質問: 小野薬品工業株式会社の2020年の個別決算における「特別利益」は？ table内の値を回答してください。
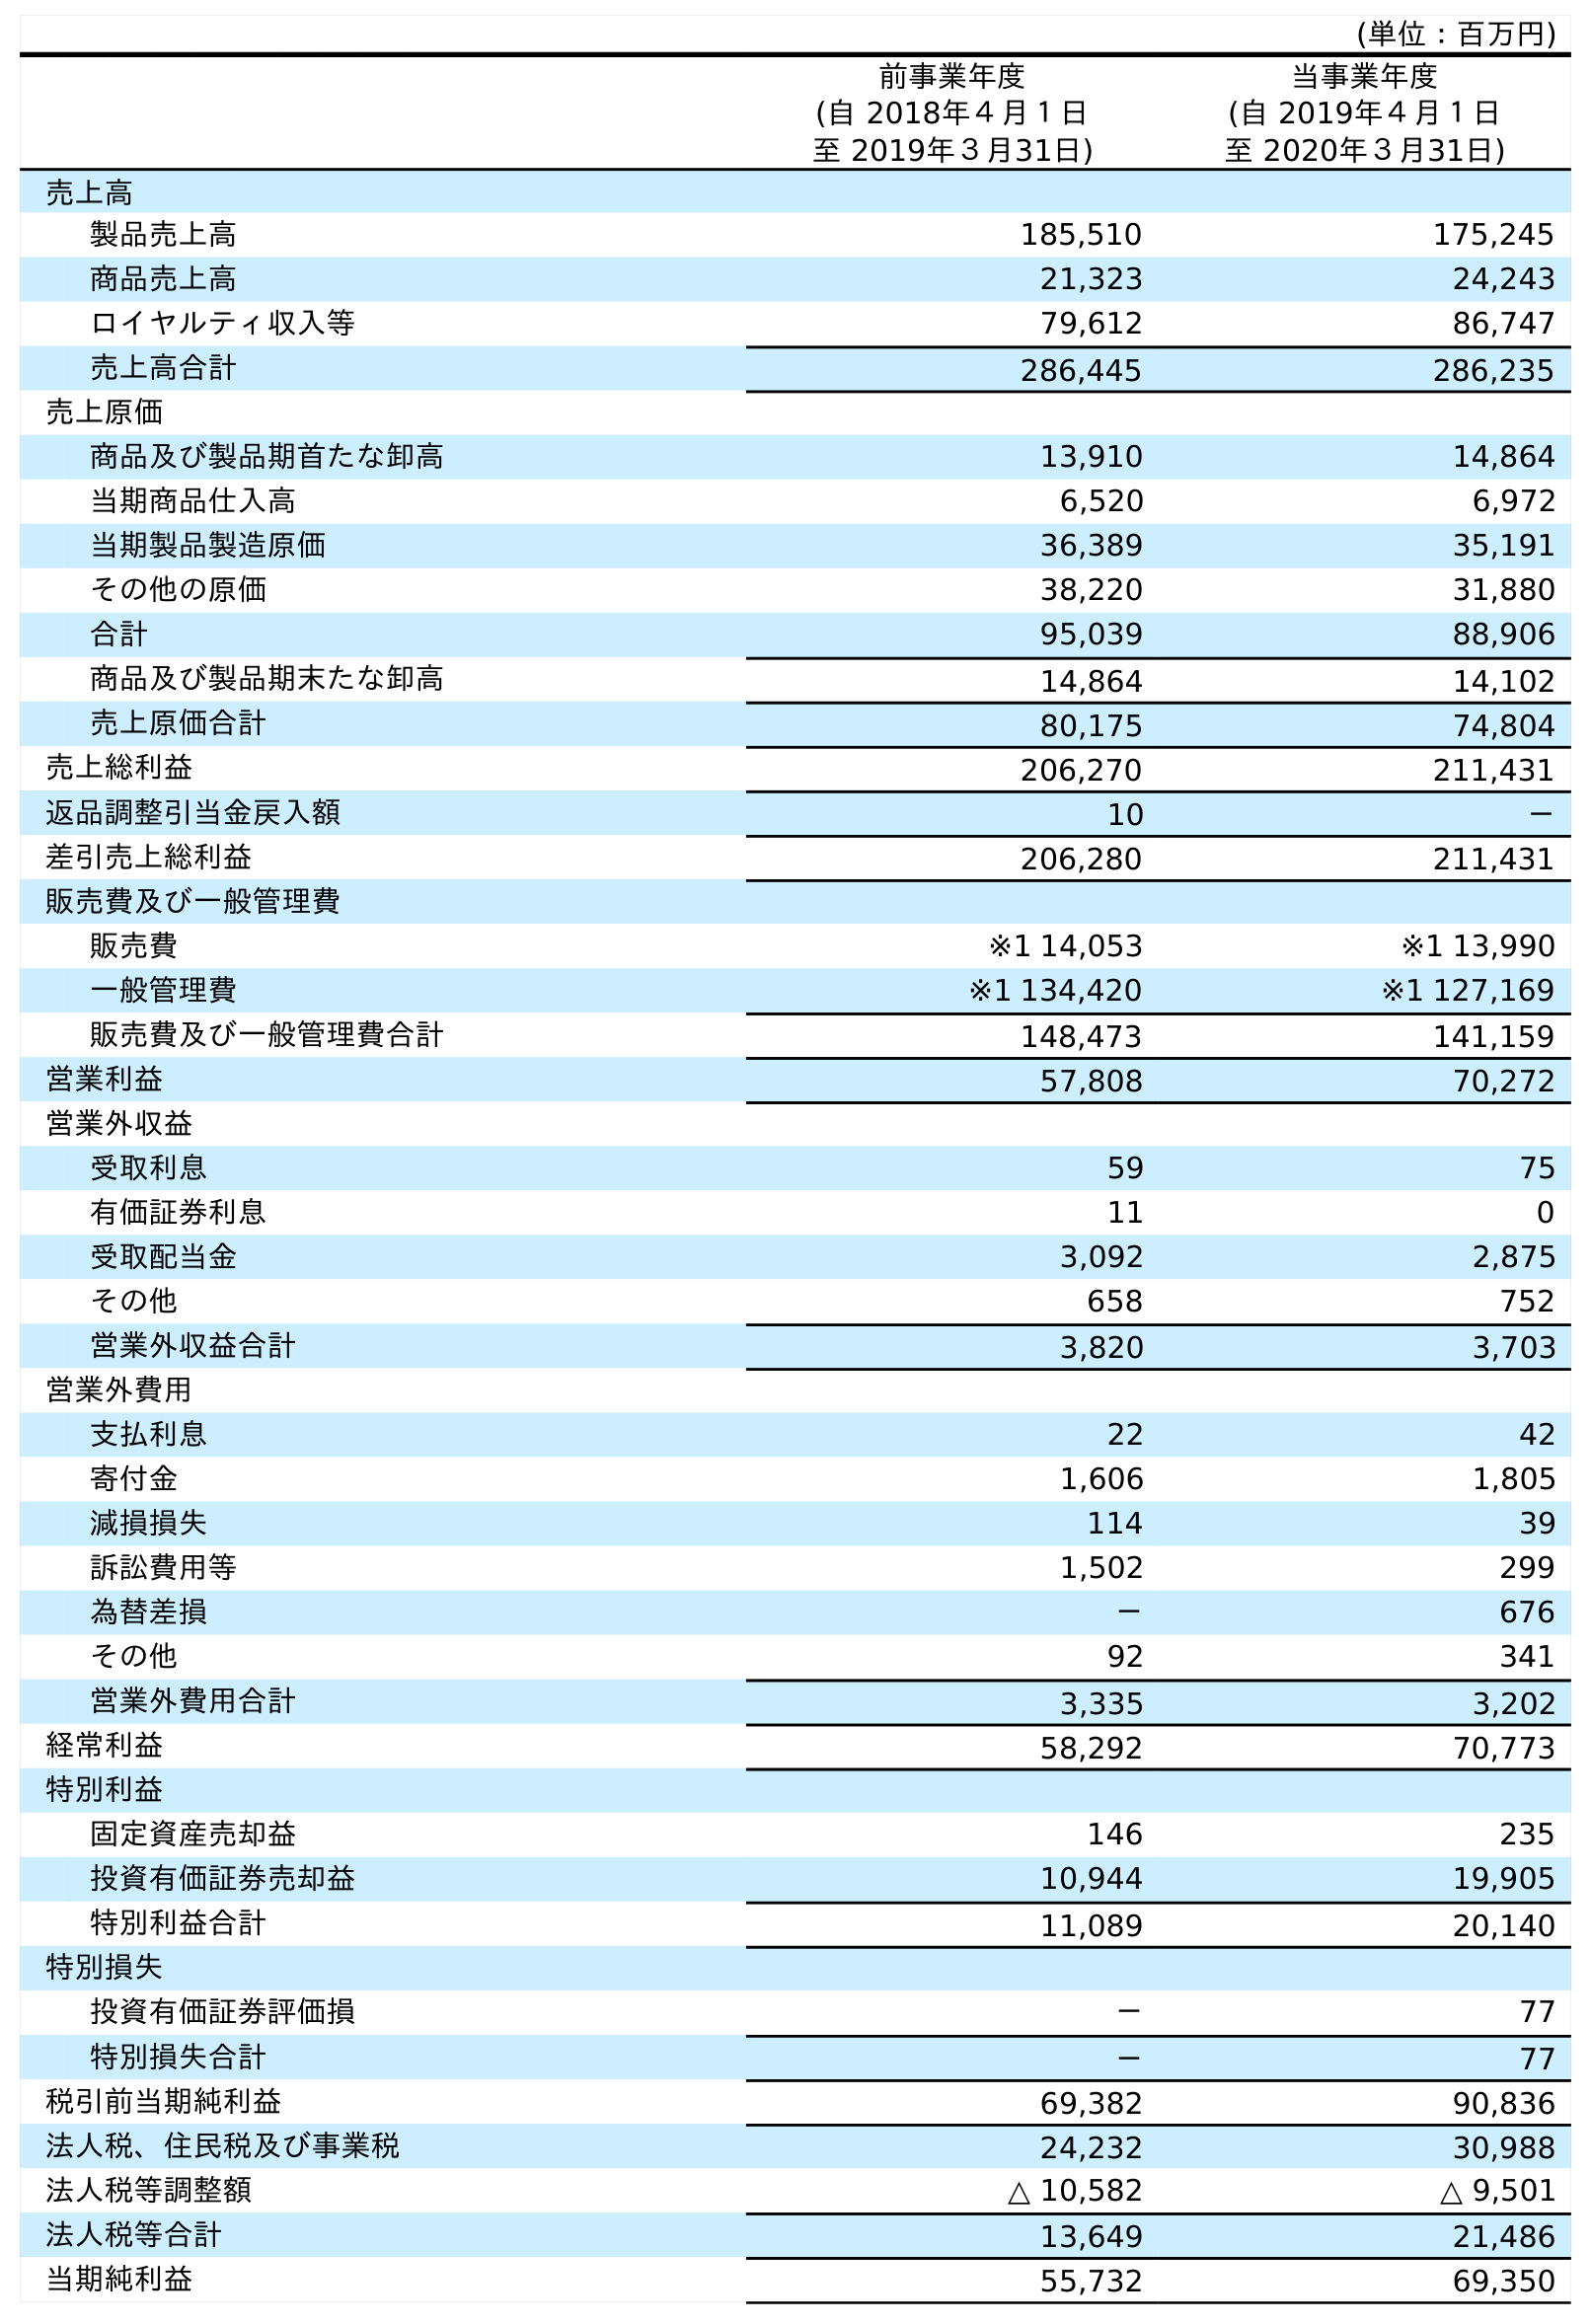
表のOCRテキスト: (単位：百万円) 前事業年度 (自 2018年４月１日 至 2019年３月31日) 当事業年度 (自 2019年４月１日 至 2020年３月31日) 売上高 製品売上高 185,510 175,245 商品売上高 21,323 24,243 ロイヤルティ収入等 79,612 86,747 売上高合計 286,445 286,235 売上原価 商品及び製品期首たな卸高 13,910 14,864 当期商品仕入高 6,520 6,972 当期製品製造原価 36,389 35,191 その他の原価 38,220 31,880 合計 95,039 88,906 商品及び製品期末たな卸高 14,864 14,102 売上原価合計 80,175 74,804 売上総利益 206,270 211,431 返品調整引当金戻入額 10 － 差引売上総利益 206,280 211,431 販売費及び一般管理費 販売費 ※1 14,053 ※1 13,990 一般管理費 ※1 134,420 ※1 127,169 販売費及び一般管理費合計 148,473 141,159 営業利益 57,808 70,272 営業外収益 受取利息 59 75 有価証券利息 11 0 受取配当金 3,092 2,875 その他 658 752 営業外収益合計 3,820 3,703 営業外費用 支払利息 22 42 寄付金 1,606 1,805 減損損失 114 39 訴訟費用等 1,502 299 為替差損 － 676 その他 92 341 営業外費用合計 3,335 3,202 経常利益 58,292 70,773 特別利益 固定資産売却益 146 235 投資有価証券売却益 10,944 19,905 特別利益合計 11,089 20,140 特別損失 投資有価証券評価損 － 77 特別損失合計 － 77 税引前当期純利益 69,382 90,836 法人税、住民税及び事業税 24,232 30,988 法人税等調整額 △ 10,582 △ 9,501 法人税等合計 13,649 21,486 当期純利益 55,732 69,350
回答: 20,140